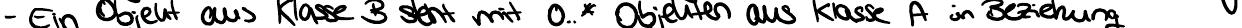
- Ein Objekt aus Klasse B steht mit 0..* Objekten aus Klasse A in Beziehung